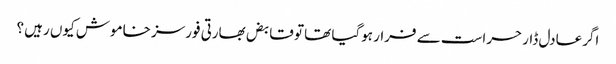
اگرعادل ڈار حراست سے فرار ہوگیا تھا تو قابض بھارتی فورسز خاموش کیوں رہیں ؟